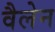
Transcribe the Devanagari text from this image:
वैलेन